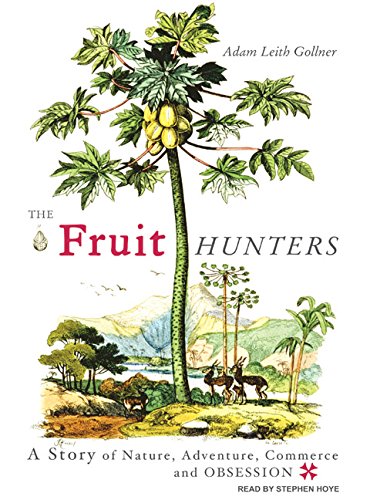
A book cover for The Fruit Hunters: A Story of Nature, Adventure, Commerce and Obsession; Adam Leith Gollner; Science & Math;